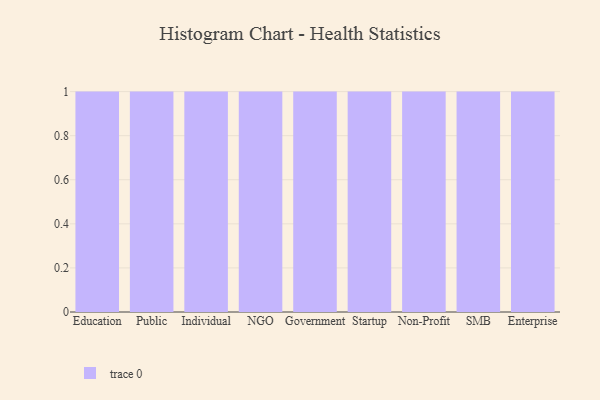
{"axis": {"x": "Segment", "y": "Churn Rate (%)"}, "legend": [""], "data": [{"x": "Education", "y": 66, "type": ""}, {"x": "Public", "y": 18, "type": ""}, {"x": "Individual", "y": 53, "type": ""}, {"x": "NGO", "y": 97, "type": ""}, {"x": "Government", "y": 47, "type": ""}, {"x": "Startup", "y": 34, "type": ""}, {"x": "Non-Profit", "y": 27, "type": ""}, {"x": "SMB", "y": 30, "type": ""}, {"x": "Enterprise", "y": 91, "type": ""}]}